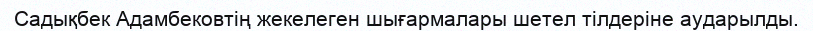
Садықбек Адамбековтің жекелеген шығармалары шетел тілдеріне аударылды.